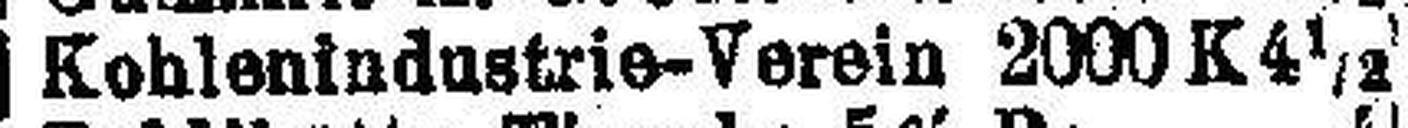
Koblenindustrie-Verein 2000 K 4½